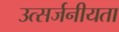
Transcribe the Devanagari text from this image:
उत्सर्जनीयता